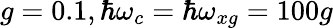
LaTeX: g=0.1,\hbar\omega_{c}=\hbar\omega_{xg}=100g